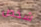
شخص